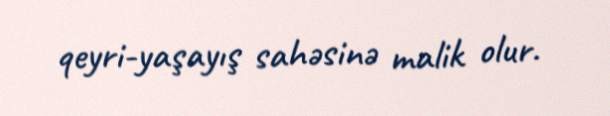
qeyri-yaşayış sahəsinə malik olur.